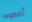
أعطوها